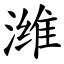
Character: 潍